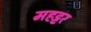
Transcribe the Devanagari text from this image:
महट्टर